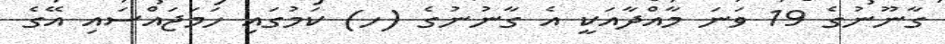
ގާނޫނުގެ 19 ވަނަ މާއްދާއަކީ އެ ގާނުނުގެ (ހ) ކަމުގައި ހަމަޖައްސައި އޭގެ